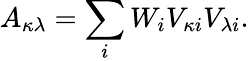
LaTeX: A_{\kappa\lambda}=\sum_{i}W_{i}V_{\kappa i}V_{\lambda i}.